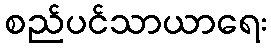
စည်ပင်သာယာရေး